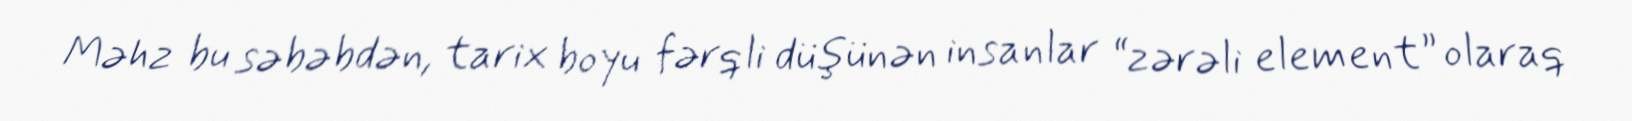
Məhz bu səbəbdən, tarix boyu fərqli düşünən insanlar “zərəli element” olaraq